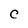
Character: C